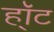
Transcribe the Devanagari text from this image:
हॉ्ट